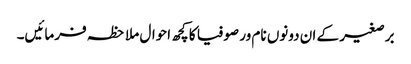
برصغیر کے ان دونوں نام ور صوفیا کا کچھ احوال ملاحظہ فرمائیں۔